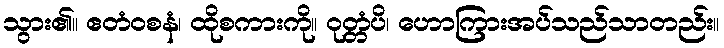
သွား၏။ ဧတံဝစနံ၊ ထိုစကားကို။ ဝုတ္တံပိ၊ ဟောကြားအပ်သည်သာတည်း။